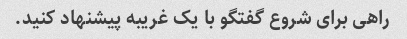
راهی برای شروع گفتگو با یک غریبه پیشنهاد کنید.